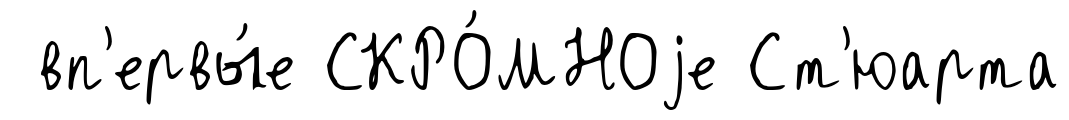
вп'ервы́е СКРО́МНОjе Ст'юарта